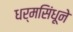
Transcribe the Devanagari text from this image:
धर्मसिंधूने